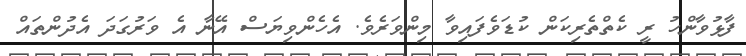
ފާޅުވާންހު ރީ ކެތްތެރިކަން ކުޑަވެފައިވާ މިންވަރެވެ. އެހެންވިޔަސް އޭނާ އެ ވަރުގަދަ އެދުންތައް